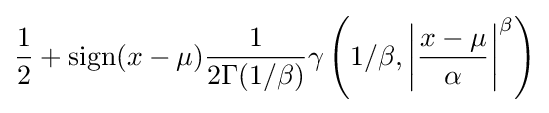
{\frac {1}{2}}+{\text{sign}}(x-\mu ){\frac {1}{2\Gamma (1/\beta )}}\gamma \left(1/\beta ,\left|{\frac {x-\mu }{\alpha }}\right|^{\beta }\right)